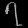
Digit: ၇